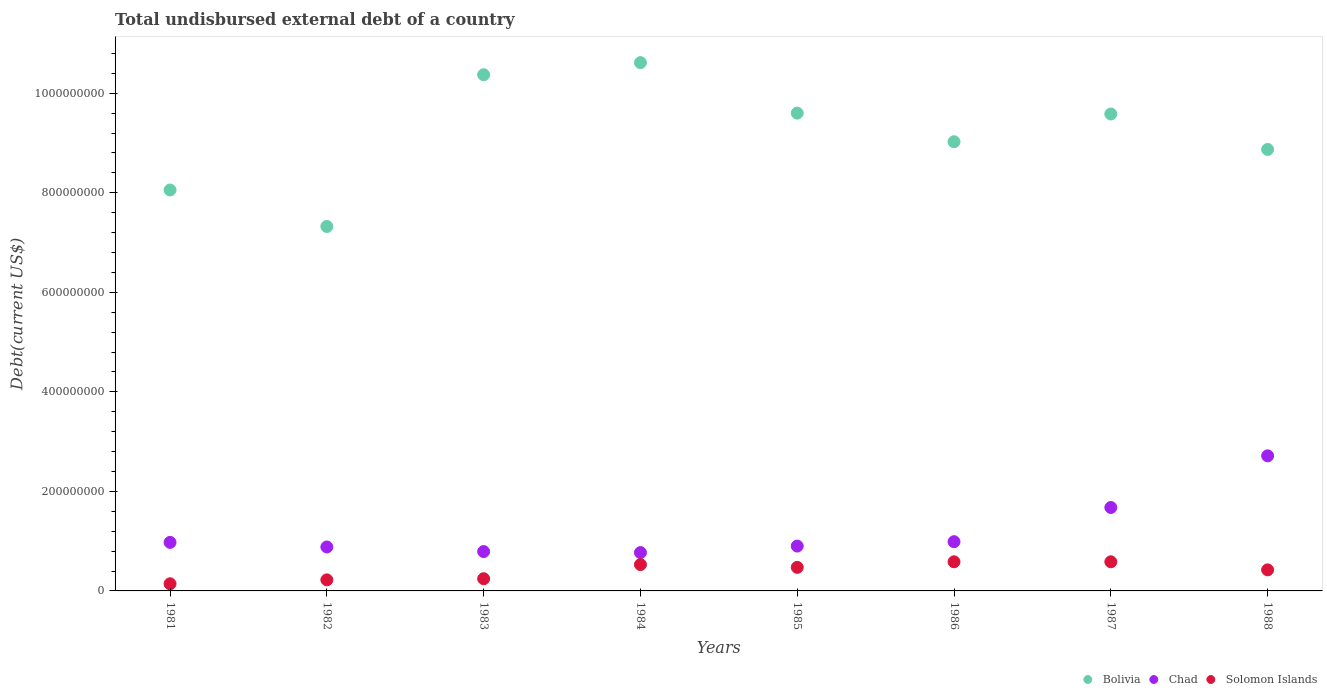
| Years | Bolivia | Chad | Solomon Islands |
 | --- | --- | --- | --- |
 | 1981 | 8.06e+08 | 9.75e+07 | 1.44e+07 |
 | 1982 | 7.32e+08 | 8.83e+07 | 2.22e+07 |
 | 1983 | 1.04e+09 | 7.91e+07 | 2.45e+07 |
 | 1984 | 1.06e+09 | 7.7e+07 | 5.29e+07 |
 | 1985 | 9.6e+08 | 9.01e+07 | 4.73e+07 |
 | 1986 | 9.02e+08 | 9.89e+07 | 5.85e+07 |
 | 1987 | 9.58e+08 | 1.68e+08 | 5.85e+07 |
 | 1988 | 8.87e+08 | 2.71e+08 | 4.23e+07 |